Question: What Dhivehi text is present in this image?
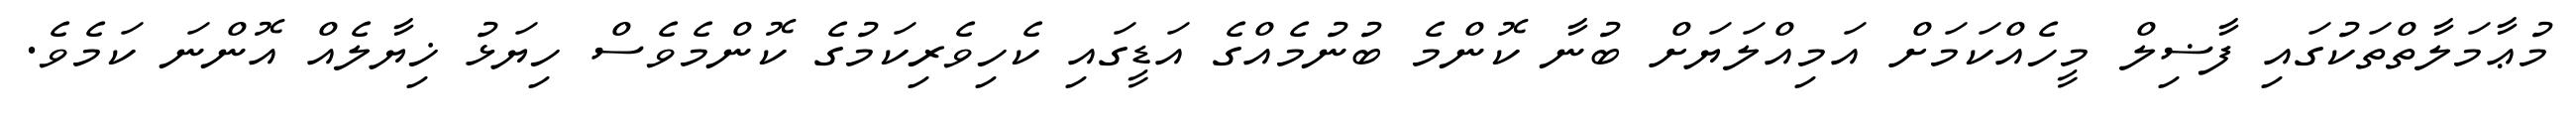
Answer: މުޢާމަލާތްތަކުގައި ފާޟިލް މީހެއްކަމަށް އަމިއްލަޔަށް ބުނާ ކޮންމެ ބުނުމެއްގެ އަޑީގައި ކެހިވެރިކަމުގެ ކޮންމެވެސް ހިޔަޅު ޚިޔާލެއް އޮންނަ ކަމެވެ.